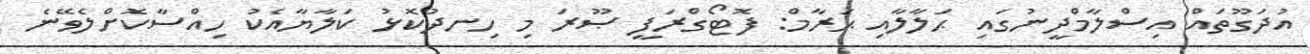
އުދަގޫތައް އިސްލާމްދީނުގައި ޙަލާލާއި ޙަރާމް: ފޮޓޯގްރަފީ ޞޫރަ މި ހިނދުކޮޅު ކަލާޔާއެކު ހިއްސާކޮށްލެވޭނެ